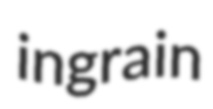
ingrain